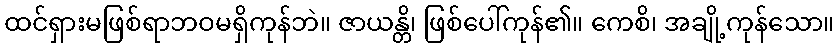
ထင်ရှားမဖြစ်ရာဘဝမရှိကုန်ဘဲ။ ဇာယန္တိ၊ ဖြစ်ပေါ်ကုန်၏။ ကေစိ၊ အချို့ကုန်သော။